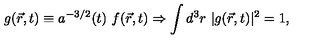
g ( \vec { r } , t ) \equiv a ^ { - 3 / 2 } ( t ) \ f ( \vec { r } , t ) \Rightarrow \int d ^ { 3 } r \ | g ( \vec { r } , t ) | ^ { 2 } = 1 ,